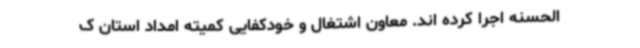
الحسنه اجرا کرده اند. معاون اشتغال و خودکفایی کمیته امداد استان ک